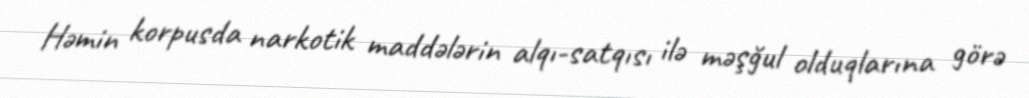
Həmin korpusda narkotik maddələrin alqı-satqısı ilə məşğul olduqlarına görə